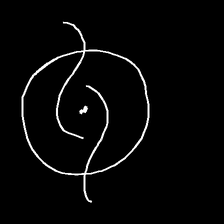
Glyph: repetition